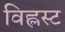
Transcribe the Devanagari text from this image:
विह्लस्ट